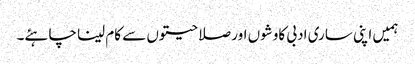
ہمیں اپنی ساری ادبی کاوشوں اور صلاحیتوں سے کام لینا چاہئے۔